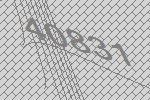
40831